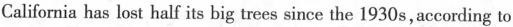
California has lost half its big trees since the 1930 s, according to